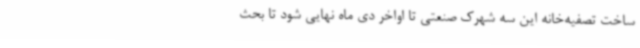
ساخت تصفیه‌خانه این سه شهرک صنعتی تا اواخر دی ماه نهایی شود تا بحث